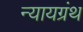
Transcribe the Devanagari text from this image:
न्यायग्रंथ